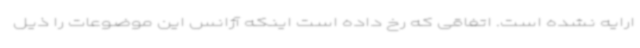
ارایه نشده است. اتفاقی که رخ داده است اینکه آژانس این موضوعات را ذیل